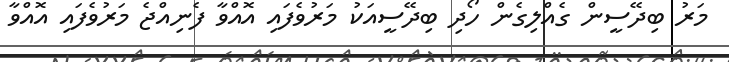
މަރު ބިދޭސީން ގެއްލިގެން ހޯދި ބިދޭސީއަކު މަރުވެފައި އޮއްވާ ފެނިއްޖެ މަރުވެފައި އޮއްވާ